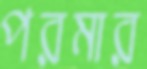
পরমার